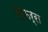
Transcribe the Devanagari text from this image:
रीफर्स